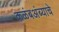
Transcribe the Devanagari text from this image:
कळंबअंब्याचे